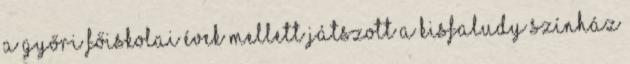
A győri főiskolai évek mellett játszott a Kisfaludy Színház